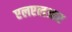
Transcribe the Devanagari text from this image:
एलएलआर